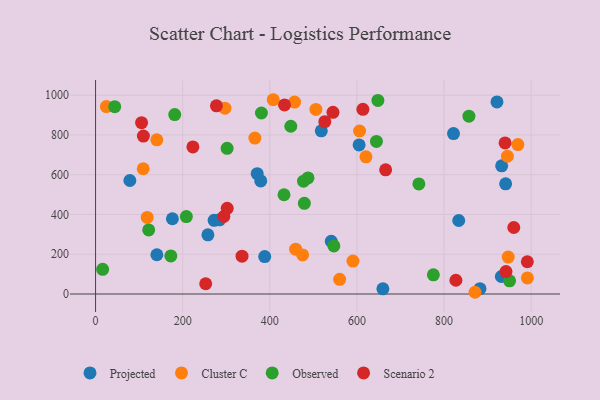
{"axis": {"x": "Experience", "y": "Demand"}, "legend": ["Cluster C", "Observed", "Projected", "Scenario 2"], "data": [{"x": "882.5", "y": 26.9, "type": "Projected"}, {"x": "388.3", "y": 188.3, "type": "Projected"}, {"x": "541.1", "y": 265.3, "type": "Projected"}, {"x": "605.0", "y": 749.9, "type": "Projected"}, {"x": "821.7", "y": 806.8, "type": "Projected"}, {"x": "272.2", "y": 370.8, "type": "Projected"}, {"x": "518.2", "y": 820.9, "type": "Projected"}, {"x": "140.7", "y": 197.5, "type": "Projected"}, {"x": "833.7", "y": 369.6, "type": "Projected"}, {"x": "284.6", "y": 373.3, "type": "Projected"}, {"x": "931.5", "y": 88.1, "type": "Projected"}, {"x": "921.5", "y": 966.1, "type": "Projected"}, {"x": "941.4", "y": 554.1, "type": "Projected"}, {"x": "371.1", "y": 605.0, "type": "Projected"}, {"x": "257.9", "y": 297.5, "type": "Projected"}, {"x": "659.6", "y": 26.0, "type": "Projected"}, {"x": "176.4", "y": 378.4, "type": "Projected"}, {"x": "379.2", "y": 568.7, "type": "Projected"}, {"x": "78.7", "y": 570.8, "type": "Projected"}, {"x": "932.3", "y": 644.6, "type": "Projected"}, {"x": "24.8", "y": 942.4, "type": "Cluster C"}, {"x": "969.5", "y": 751.7, "type": "Cluster C"}, {"x": "475.4", "y": 196.7, "type": "Cluster C"}, {"x": "140.6", "y": 775.5, "type": "Cluster C"}, {"x": "991.3", "y": 80.9, "type": "Cluster C"}, {"x": "109.4", "y": 629.9, "type": "Cluster C"}, {"x": "945.5", "y": 692.8, "type": "Cluster C"}, {"x": "606.1", "y": 819.7, "type": "Cluster C"}, {"x": "365.7", "y": 784.2, "type": "Cluster C"}, {"x": "505.8", "y": 928.4, "type": "Cluster C"}, {"x": "407.9", "y": 977.1, "type": "Cluster C"}, {"x": "871.1", "y": 8.7, "type": "Cluster C"}, {"x": "590.9", "y": 165.6, "type": "Cluster C"}, {"x": "620.7", "y": 689.8, "type": "Cluster C"}, {"x": "297.0", "y": 934.8, "type": "Cluster C"}, {"x": "459.3", "y": 225.6, "type": "Cluster C"}, {"x": "947.3", "y": 185.8, "type": "Cluster C"}, {"x": "118.5", "y": 385.2, "type": "Cluster C"}, {"x": "560.3", "y": 74.0, "type": "Cluster C"}, {"x": "456.9", "y": 965.3, "type": "Cluster C"}, {"x": "380.8", "y": 910.3, "type": "Observed"}, {"x": "302.0", "y": 732.8, "type": "Observed"}, {"x": "648.1", "y": 973.7, "type": "Observed"}, {"x": "122.0", "y": 322.5, "type": "Observed"}, {"x": "172.8", "y": 191.5, "type": "Observed"}, {"x": "775.5", "y": 96.6, "type": "Observed"}, {"x": "208.4", "y": 389.4, "type": "Observed"}, {"x": "477.4", "y": 567.3, "type": "Observed"}, {"x": "487.7", "y": 584.0, "type": "Observed"}, {"x": "16.2", "y": 123.9, "type": "Observed"}, {"x": "448.2", "y": 843.6, "type": "Observed"}, {"x": "479.3", "y": 456.1, "type": "Observed"}, {"x": "432.6", "y": 499.1, "type": "Observed"}, {"x": "644.8", "y": 767.3, "type": "Observed"}, {"x": "44.0", "y": 942.2, "type": "Observed"}, {"x": "950.4", "y": 66.2, "type": "Observed"}, {"x": "857.1", "y": 894.6, "type": "Observed"}, {"x": "742.2", "y": 553.5, "type": "Observed"}, {"x": "547.1", "y": 241.7, "type": "Observed"}, {"x": "181.7", "y": 902.5, "type": "Observed"}, {"x": "277.5", "y": 946.3, "type": "Scenario 2"}, {"x": "433.8", "y": 950.9, "type": "Scenario 2"}, {"x": "942.2", "y": 112.9, "type": "Scenario 2"}, {"x": "991.2", "y": 162.1, "type": "Scenario 2"}, {"x": "545.0", "y": 913.7, "type": "Scenario 2"}, {"x": "294.5", "y": 389.7, "type": "Scenario 2"}, {"x": "109.8", "y": 794.4, "type": "Scenario 2"}, {"x": "827.2", "y": 69.2, "type": "Scenario 2"}, {"x": "526.3", "y": 866.5, "type": "Scenario 2"}, {"x": "223.4", "y": 739.7, "type": "Scenario 2"}, {"x": "336.2", "y": 190.5, "type": "Scenario 2"}, {"x": "105.6", "y": 861.6, "type": "Scenario 2"}, {"x": "613.7", "y": 928.8, "type": "Scenario 2"}, {"x": "940.1", "y": 759.7, "type": "Scenario 2"}, {"x": "252.8", "y": 51.7, "type": "Scenario 2"}, {"x": "960.1", "y": 334.4, "type": "Scenario 2"}, {"x": "665.9", "y": 624.7, "type": "Scenario 2"}, {"x": "302.2", "y": 430.9, "type": "Scenario 2"}]}